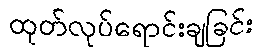
ထုတ်လုပ်ရောင်းချခြင်း